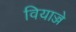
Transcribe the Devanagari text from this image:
वियाज्जे